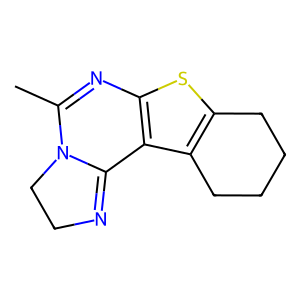
SMILES: CC1=Nc2sc3c(c2C2=NCCN12)CCCC3
Inhibits HIV replication: No